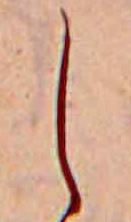
し